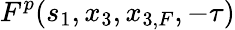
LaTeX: F^{p}(s_{1},x_{3},x_{3,F},-\tau)